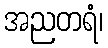
အညတရံ၊